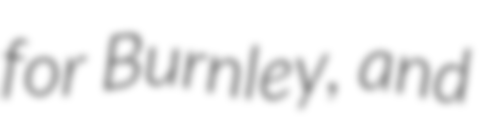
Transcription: for Burnley, and